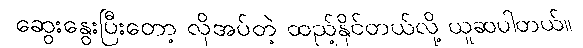
ဆွေးနွေးပြီးတော့ လိုအပ်တဲ့ ထည့်နိုင်တယ်လို့ ယူဆပါတယ်။